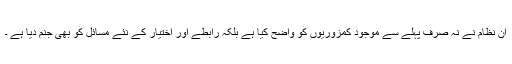
ان نظام نے نہ صرف پہلے سے موجود کمزوریوں کو واضح کیا ہے بلکہ رابطے اور اختیار کے نئے مسائل کو بھی جنم دیا ہے ۔